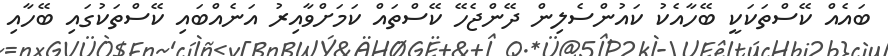
ބައެއް ކޭސްތަކަކީ ބޭހާއެކު ކައުންސެލިން ދޭންޖެހޭ ކޭސްތައް ކަމަށްވާއިރު އަނެއްބައި ކޭސްތަކުގައި ބޭހާއި